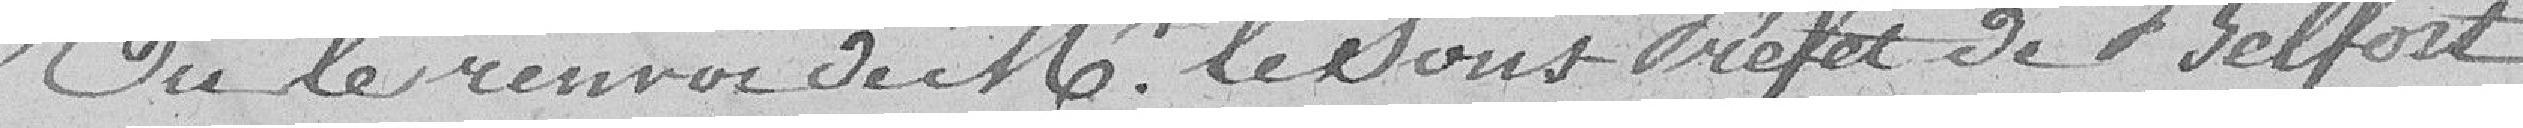
Vu le renvoi de Monsieur le Sous-Préfet de Belfort